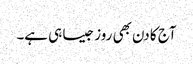
آج کا دن بھی روز جیسا ہی ہے۔